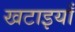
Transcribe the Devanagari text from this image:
खटाइयाँ